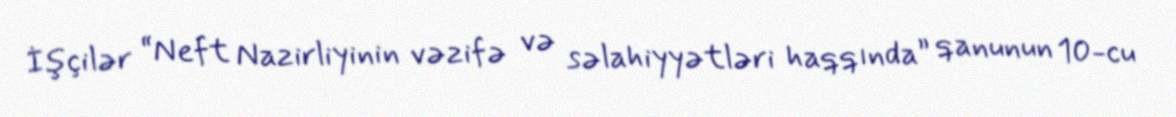
İşçilər “Neft Nazirliyinin vəzifə və səlahiyyətləri haqqında” qanunun 10-cu